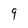
Character: 9